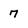
Character: 7